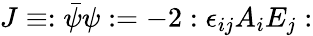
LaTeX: J\equiv:\bar{\psi}\psi:=-2:\epsilon_{ij}A_{i}E_{j}: